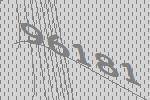
96181